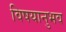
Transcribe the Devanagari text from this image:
विषयानुभव